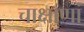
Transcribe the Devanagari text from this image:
चाक्षाणां